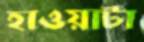
হাওয়াটা